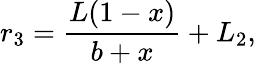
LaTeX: r_{3}=\frac{L(1-x)}{b+x}+L_{2},